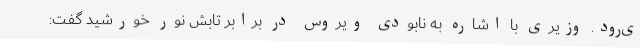
ی‌رود. وزیری با اشاره به نابودی ویروس در برابر تابش نور خورشید گفت: